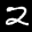
Label: 2